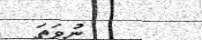
ނުވަތަ